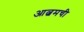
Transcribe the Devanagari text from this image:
आल्बमची